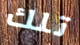
تلك